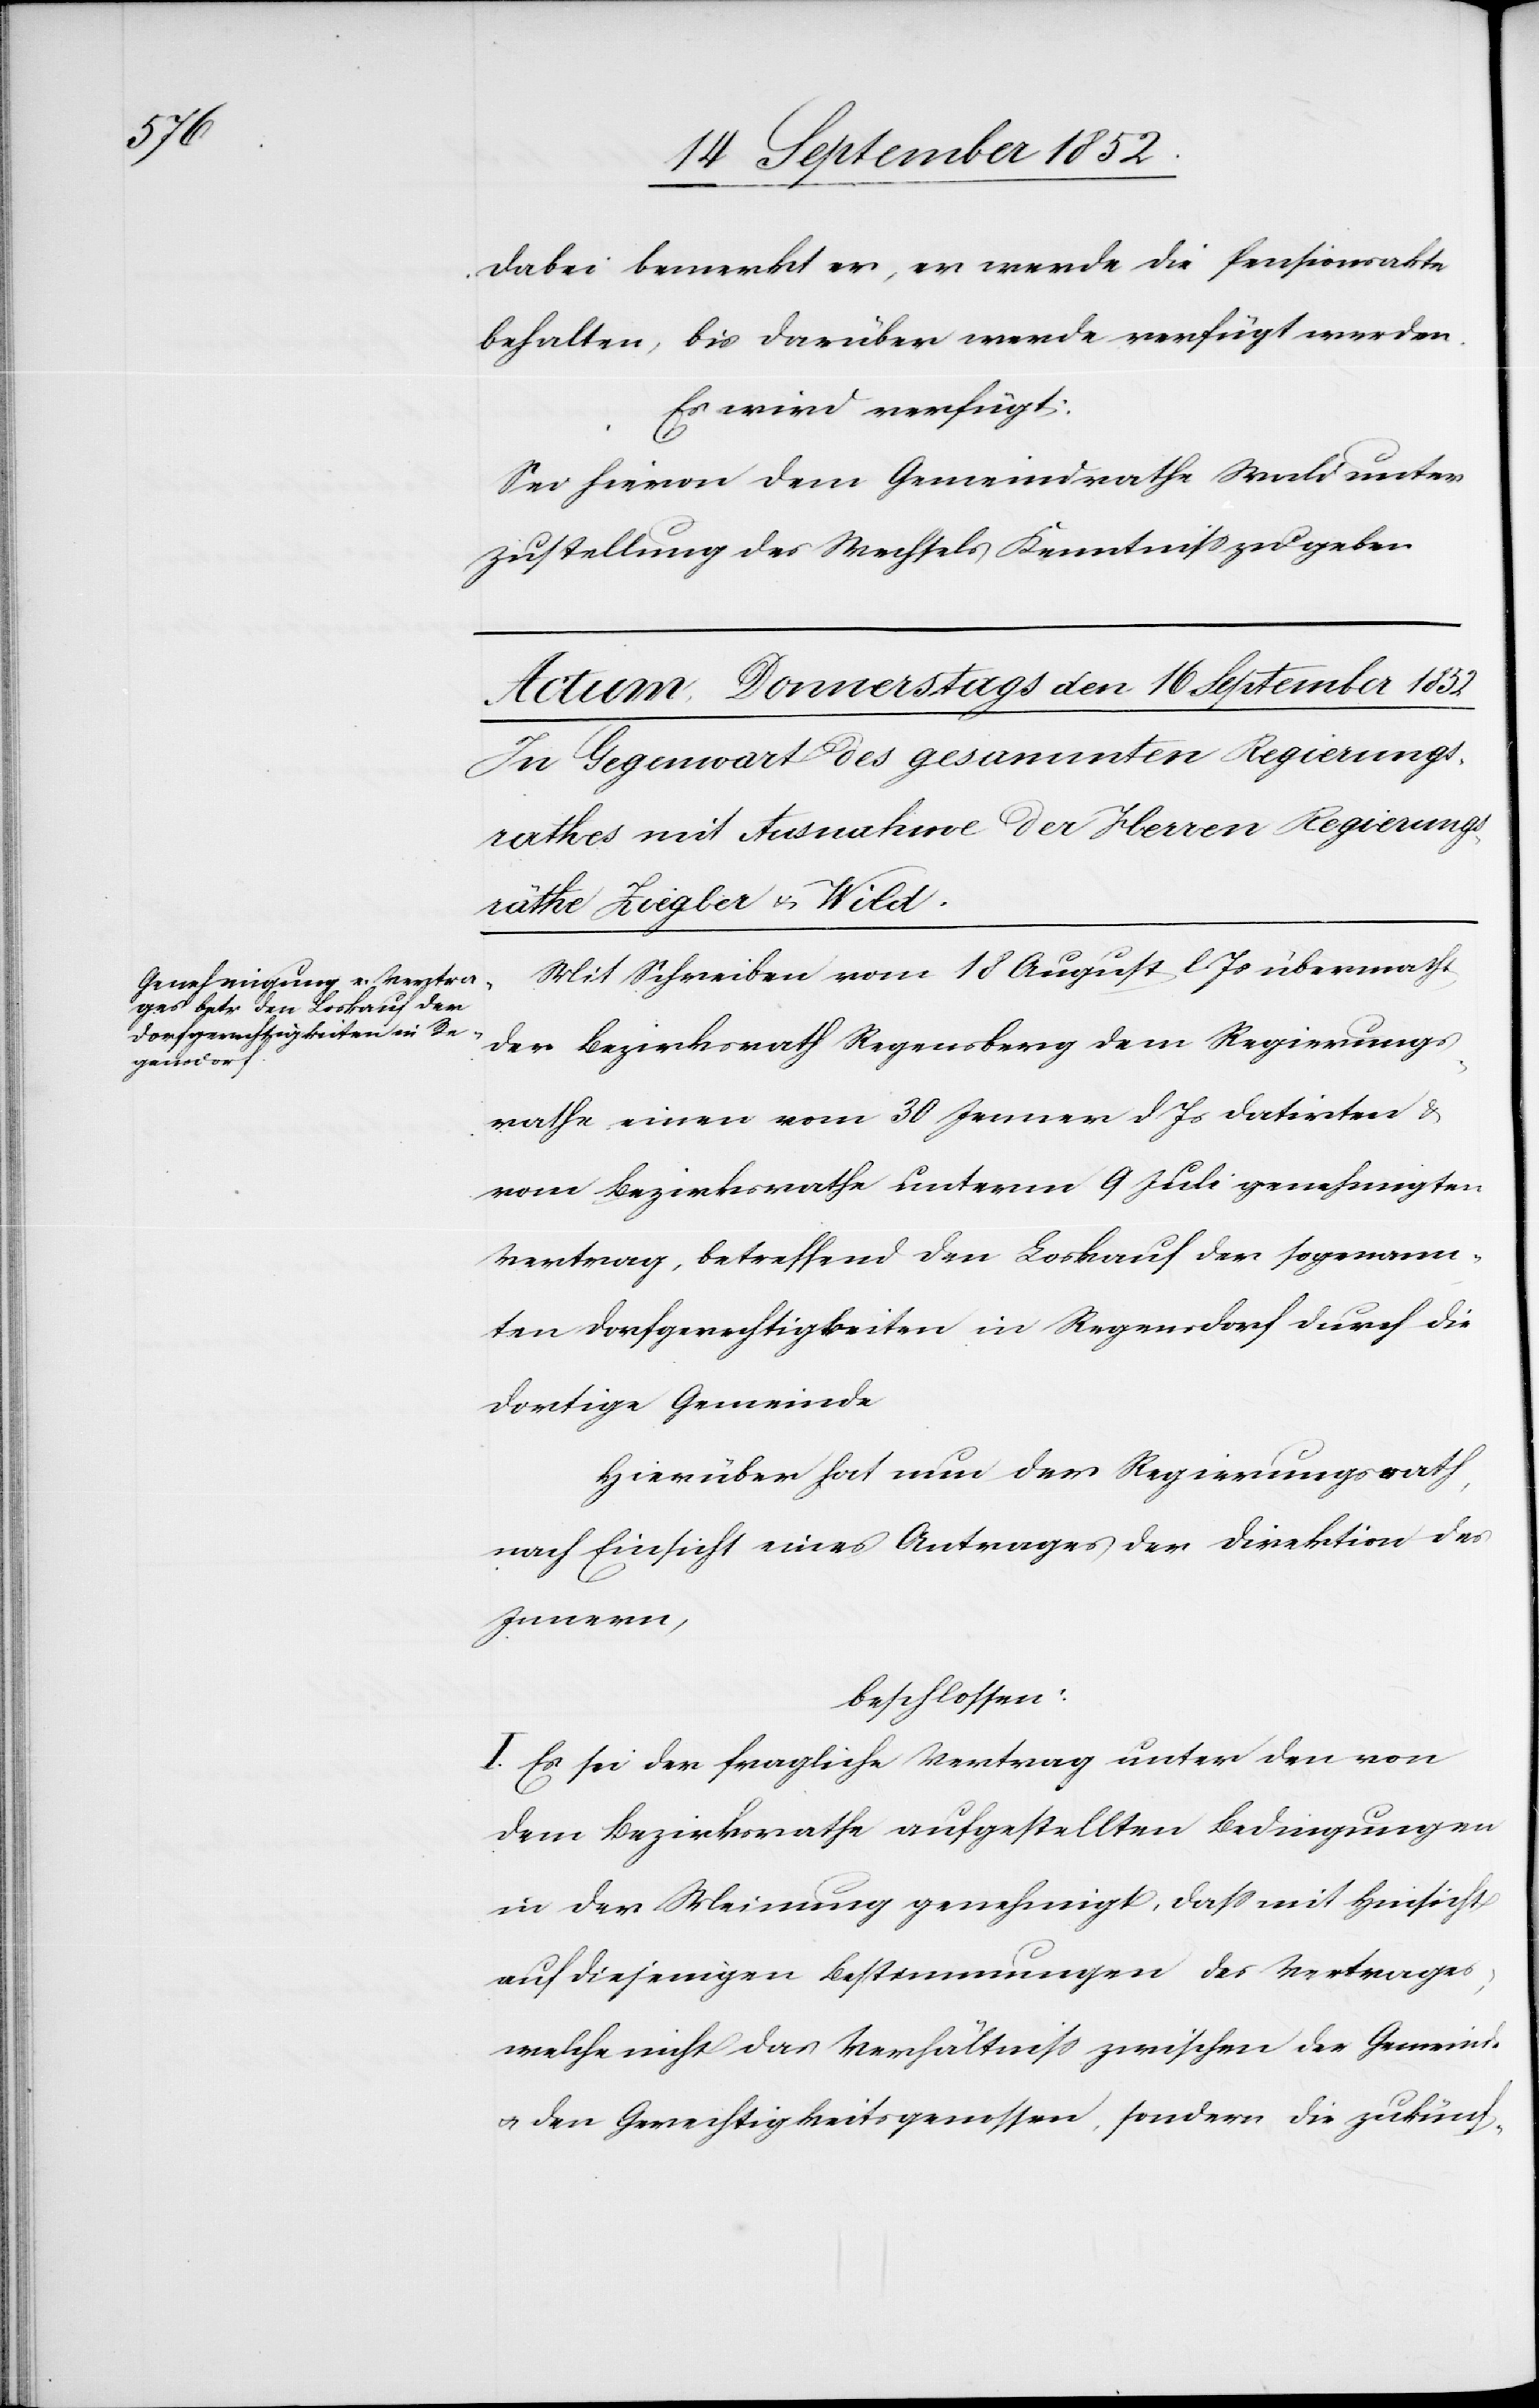
Dabei bemerkt er, er werde die Pensionsakte
behalten, bis darüber werde verfügt werden.
Es wird verfügt:
Sei hievon dem Gemeindrathe Wald unter
Zustellung des Wechsels Kenntniss zu geben.
Mit Schreiben vom 18 August l. Js übermacht
der Bezirksrath Regensberg dem Regierungs¬
rathe einen vom 30 Jenner d Js datirten &
vom Bezirksrathe unterm 9 Juli genehmigten
Vertrag, betreffend den Loskauf der sogenann¬
ten Dorfgerechtigkeiten in Regensdorf durch die
dortige Gemeinde
Hierüber hat nun der Regierungsrath,
nach Einsicht eines Antrages der Direktion des
Innern,
beschlossen:
I. Es sei der fragliche Vertrag unter den von
dem Bezirksrathe aufgestellten Bedingungen
in der Meinung genehmigt, dass mit Hinsicht
auf diejenigen Bestimmungen des Vertrages,
welche nicht das Verhältniss zwischen der Gemeinde
& den Gerechtigkeitsgenossen, sondern die zukünf-